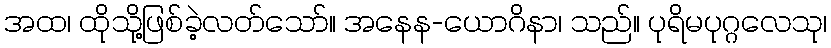
အထ၊ ထိုသို့ဖြစ်ခဲ့လတ်သော်။ အနေန-ယောဂိနာ၊ သည်။ ပုရိမပုဂ္ဂလေသု၊